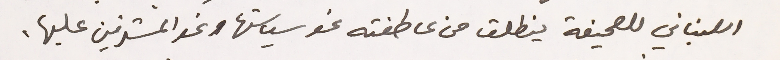
اللبناني للصحيفة ينطلق من عاطفته نحو سياستها ونحو المشرفين عليها.